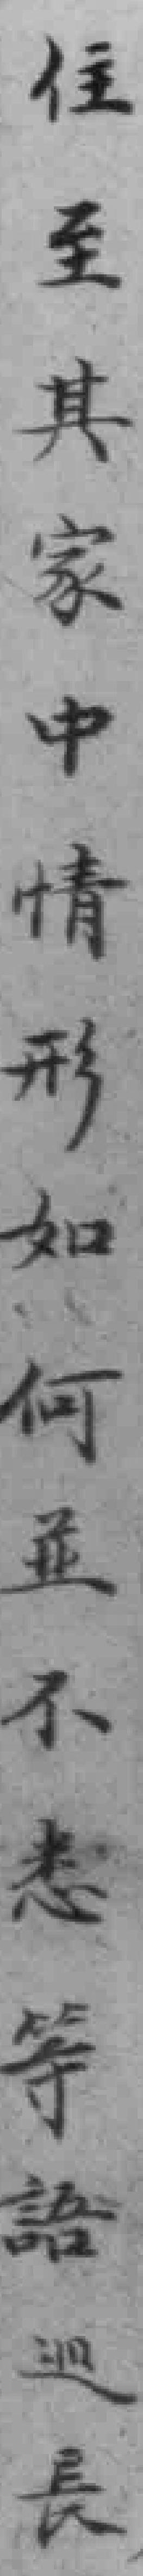
住至其家中情形如何並不想悉等語巡長